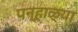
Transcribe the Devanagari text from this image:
पन्हाळ्या